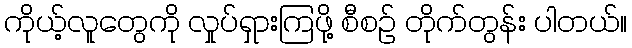
ကိုယ့်လူတွေကို လှုပ်ရှားကြဖို့ စီစဉ် တိုက်တွန်း ပါတယ်။